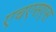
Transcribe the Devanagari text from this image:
एचएसएस